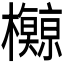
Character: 𪴡